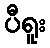
ပီရူး